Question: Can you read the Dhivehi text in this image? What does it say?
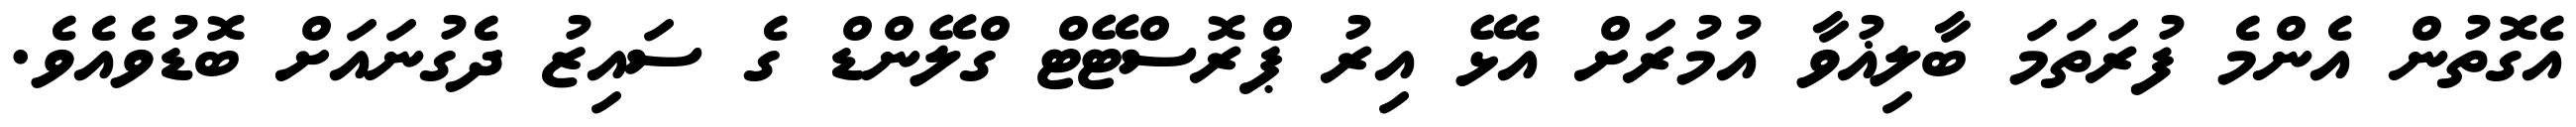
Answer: އެގޮތުން އެންމެ ފުރަތަމަ ބާލިޣުވާ އުމުރަށް އެޅޭ އިރު ޕްރޮސްޓޭޓް ގްލޭންޑް ގެ ސައިޒު ދެގުނައަށް ބޮޑުވެއެވެ.